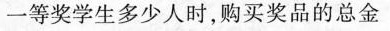
一等奖学生多少人时，购买奖品的总金